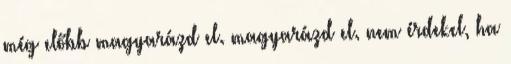
még előbb magyarázd el. magyarázd el. nem érdekel, ha